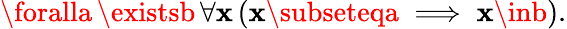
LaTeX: \foralla\, \existsb\, \forall\mathbf{x}\, (\mathbf{x}\subseteqa\implies\mathbf{x}\inb).